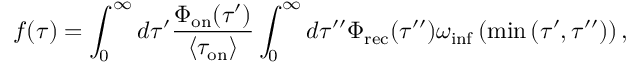
f ( \tau ) = \int _ { 0 } ^ { \infty } d \tau ^ { \prime } \frac { \Phi _ { \mathrm { o n } } ( \tau ^ { \prime } ) } { \langle \tau _ { \mathrm { o n } } \rangle } \int _ { 0 } ^ { \infty } d \tau ^ { \prime \prime } \Phi _ { \mathrm { r e c } } ( \tau ^ { \prime \prime } ) \omega _ { \mathrm { i n f } } \left( \operatorname* { m i n } { ( \tau ^ { \prime } , \tau ^ { \prime \prime } ) } \right) ,